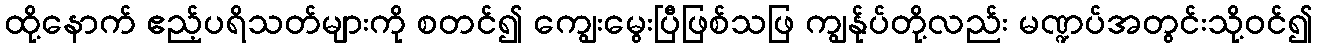
ထို့နောက် ဧည့်ပရိသတ်များကို စတင်၍ ကျွေးမွေးပြီဖြစ်သဖြ ကျွန်ုပ်တို့လည်း မဏ္ဍပ်အတွင်းသို့ဝင်၍